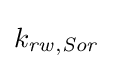
k_{\mathit {rw,Sor}}